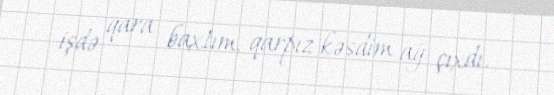
işdə qara baxtım, qarpız kəsdim ağ çıxdı.